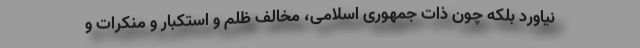
نیاورد بلکه چون ذات جمهوری اسلامی، مخالف ظلم و استکبار و منکرات و